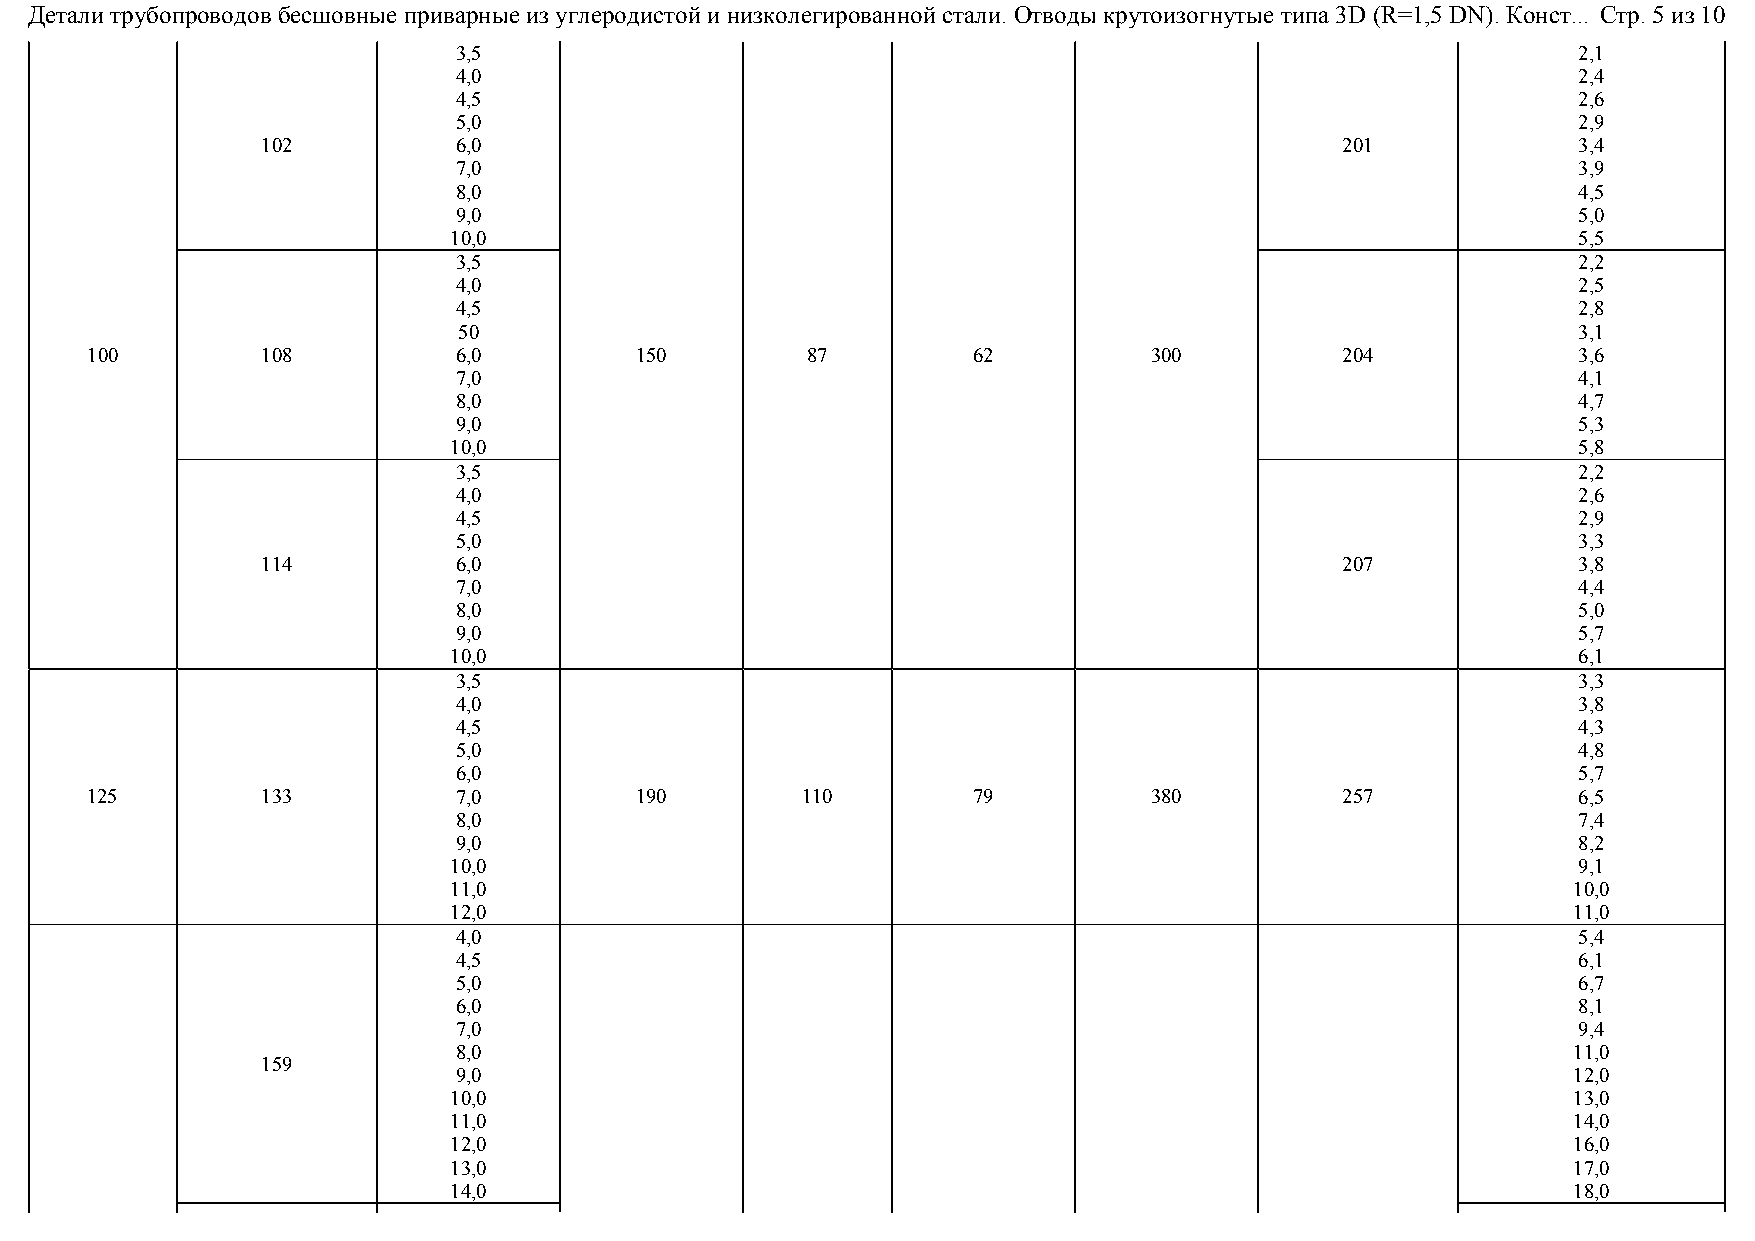
Детали трубопроводов бесшовные приварные из углеродистой и низколегированной стали. Отводы крутоизогнутые типа 3D (R=1,5 DN). Конст... Стр. 5 из 10
 3,5                                                                       2,1
 4,0                                                                       2,4
 4,5                                                                       2,6
 5,0                                                                       2,9
 102          6,0                                                        201            3,4
 7,0                                                                       3,9
 8,0                                                                       4,5
 9,0                                                                       5,0
 10,0                                                                      5,5
 3,5                                                                       2,2
 4,0                                                                       2,5
 4,5                                                                       2,8
 50                                                                        3,1
 100        108          6,0         150        87         62          300          204            3,6
 7,0                                                                       4,1
 8,0                                                                       4,7
 9,0                                                                       5,3
 10,0                                                                      5,8
 3,5                                                                       2,2
 4,0                                                                       2,6
 4,5                                                                       2,9
 5,0                                                                       3,3
 114          6,0                                                        207            3,8
 7,0                                                                       4,4
 8,0                                                                       5,0
 9,0                                                                       5,7
 10,0                                                                      6,1
 3,5                                                                       3,3
 4,0                                                                       3,8
 4,5                                                                       4,3
 5,0                                                                       4,8
 6,0                                                                       5,7
 125        133          7,0         190        110        79          380          257            6,5
 8,0                                                                       7,4
 9,0                                                                       8,2
 10,0                                                                      9,1
 11,0                                                                      10,0
 12,0                                                                      11,0
 4,0                                                                       5,4
 4,5                                                                       6,1
 5,0                                                                       6,7
 6,0                                                                       8,1
 7,0                                                                       9,4
 8,0                                                                       11,0
 159
 9,0                                                                       12,0
 10,0                                                                      13,0
 11,0                                                                      14,0
 12,0                                                                      16,0
 13,0                                                                      17,0
 14,0                                                                      18,0